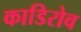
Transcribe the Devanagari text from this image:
काडिरोव